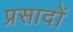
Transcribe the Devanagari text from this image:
प्रसादों